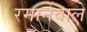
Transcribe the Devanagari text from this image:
रमानेवाले